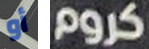
أو كروم